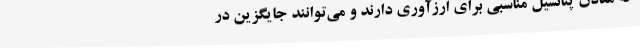
که معادن پتانسیل مناسبی برای ارزآوری دارند و می‌توانند جایگزین در